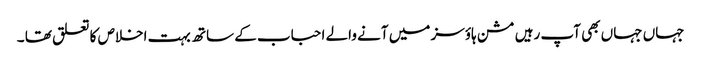
جہاں جہاں بھی آپ رہیں مشن ہاؤسز میں آنے والے احباب کے ساتھ بہت اخلاص کا تعلق تھا ۔